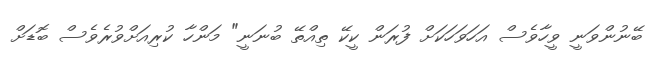
ބޭނުންވަނީ ވީހާވެސް އަހަވަހަކަށް ފުރަން ކީކޭ ތިއްތޭ ބުނަނީ" މަންހާ ކުރިއަށްވުރެވެސް ބޮޑަށް